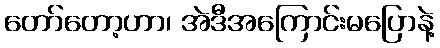
တော်တော့ဟာ၊ အဲဒီအကြောင်းမပြောနဲ့